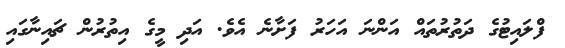
ފްލައިޓުގެ ދަތުރުތައް އަންނަ އަހަރު ފަށާނެ އެވެ. އަދި މީގެ އިތުރުން ޗައިނާގައި